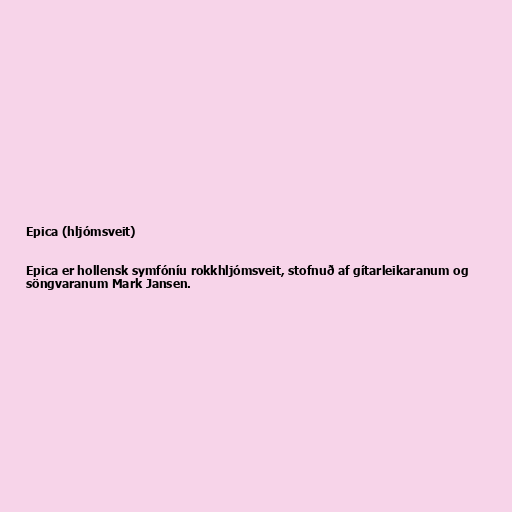
Epica (hljómsveit)

Epica er hollensk symfóníu rokkhljómsveit, stofnuð af gítarleikaranum og
söngvaranum Mark Jansen.